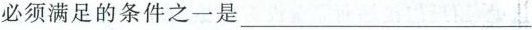
必须满足的条件之一是___